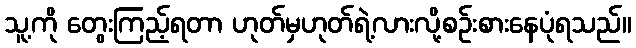
သူ့ကို တွေးကြည့်ရတာ ဟုတ်မှဟုတ်ရဲ့လားလို့စဉ်းစားနေပုံရသည်။